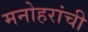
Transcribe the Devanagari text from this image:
मनोहरांची